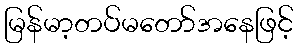
မြန်မာ့တပ်မတော်အနေဖြင့်